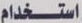
استخدام